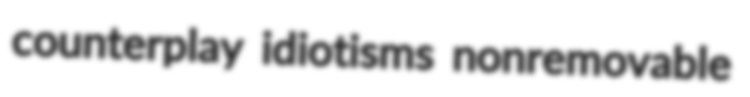
counterplay idiotisms nonremovable